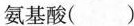
氨基酸（）